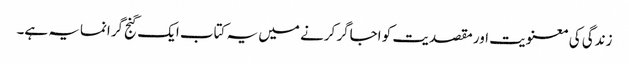
زندگی کی معنویت اور مقصدیت کو اجاگر کرنے میں یہ کتاب ایک گنج گرانمایہ ہے۔